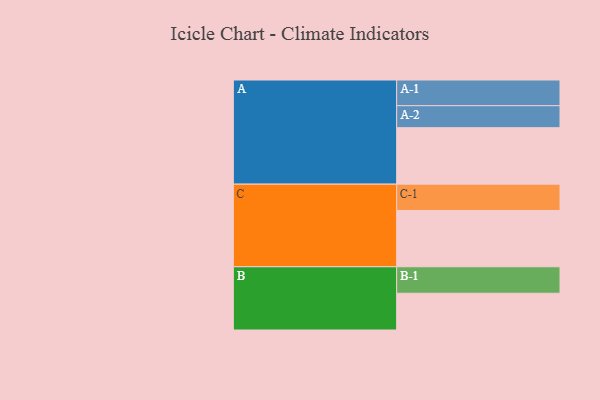
{"axis": {"x": "Segment", "y": "Value"}, "legend": ["", "A", "B", "C"], "data": [{"x": "A", "y": 567, "type": ""}, {"x": "B", "y": 369, "type": ""}, {"x": "C", "y": 565, "type": ""}, {"x": "A-1", "y": 258, "type": "A"}, {"x": "A-2", "y": 221, "type": "A"}, {"x": "B-1", "y": 266, "type": "B"}, {"x": "C-1", "y": 264, "type": "C"}]}